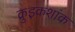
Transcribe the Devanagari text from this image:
क्रुइकशांक